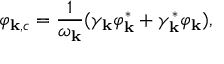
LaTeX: \varphi _ { { \bf k } , c } = \frac { 1 } { \omega _ { \bf k } } ( \gamma _ { \bf k } \varphi _ { \bf k } ^ { * } + \gamma _ { \bf k } ^ { * } \varphi _ { \bf k } ) ,